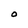
Character: O